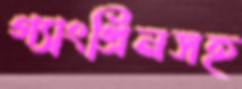
গ্যাংগ্রিনসহ